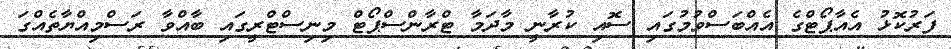
ފަރުކޮޅު އެއާޕޯޓްގެ އެއްބަސްވުމުގައި ސޮއި ކުރާނީ މާދަމާ ޓްރާންސްޕޯޓް މިނިސްޓްރީގައި ބާއްވާ ރަސްމިއްޔާތެއްގަ